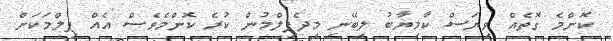
ކޮންމެ ގޮތެއް ވިޔަސް ކާމިޔާބު ލިބޭނި މިދެފިލްމުން ކުރެ ކޮންމެވެސް އެއް ފިލްމަކަން